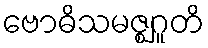
ဗောဓိသမဇ္ဈဂူတိ